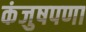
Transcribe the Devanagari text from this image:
कंजुषपणा